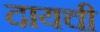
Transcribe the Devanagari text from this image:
दायची